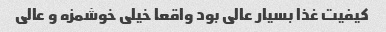
کیفیت غذا بسیار عالی بود واقعا خیلی خوشمزه و عالی